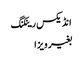
انڈیکس رینکنگ
بغیر ویزا